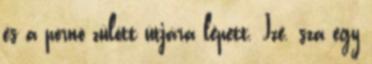
és a pornó zülött útjára lépett. Izé. sza egy